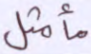
مأمثل